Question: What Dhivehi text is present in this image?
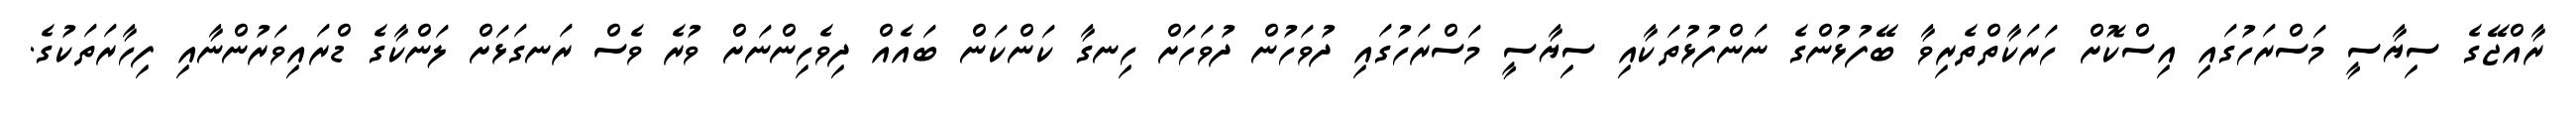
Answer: ރާއްޖޭގެ ސިޔާސީ މަސްރަހުގައި އިސްކޮށް ހަރަކާތްތެރިވާ ބޭފުޅުންގެ ނަންފުޅުތަކާއި ސިޔާސީ މަސްރަހުގައި ދުވަހުން ދުވަހަށް ހިނގާ ކަންކަން ބައެއް ދިވެހިންނަށް ވުރެ ވެސް ރަނގަޅަށް ލަންކާގެ ޑްރައިވަރުންނާއި ފިހާރަތަކުގެ.